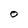
Character: O